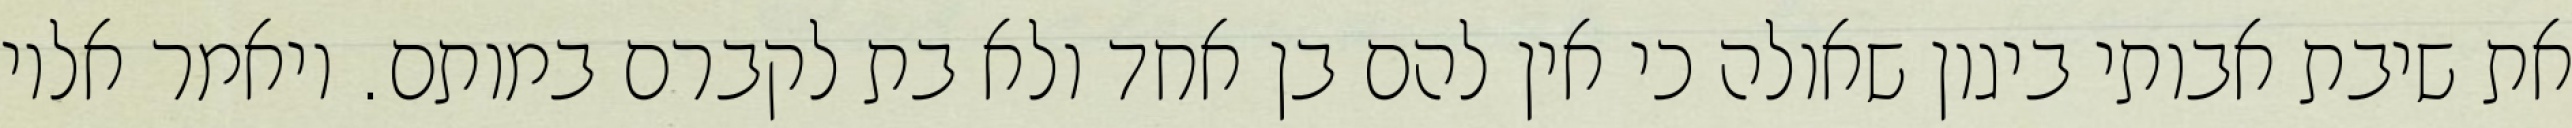
את שיבת אבותי ביגון שאולה כי אין להם בן אחד ולא בת לקברם במותם. ויאמר אליו